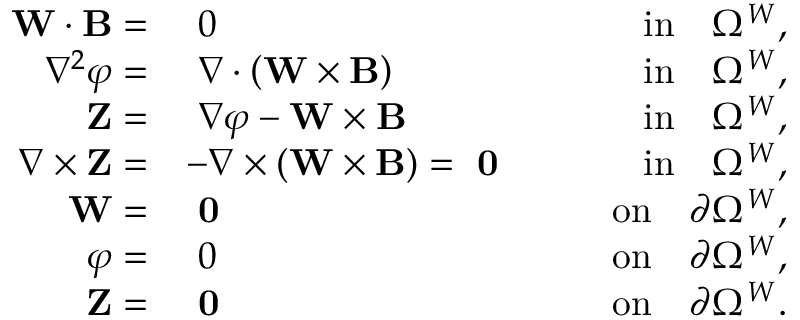
\begin{array} { r l r } { \mathbf { W } \cdot { \mathbf B } = } & { ~ 0 } & { \qquad \mathrm { i n } \quad \Omega ^ { W } , } \\ { \nabla ^ { 2 } { \varphi } = } & { ~ \nabla \cdot \left( \mathbf { W } \times { \mathbf B } \right) } & { \qquad \mathrm { i n } \quad \Omega ^ { W } , } \\ { \mathbf { Z } = } & { ~ \nabla \varphi - \mathbf { W } \times { \mathbf B } } & { \qquad \mathrm { i n } \quad \Omega ^ { W } , } \\ { \nabla \times \mathbf { Z } = } & { - \nabla \times ( \mathbf { W } \times { \mathbf B } ) = ~ \mathbf { 0 } } & { \qquad \mathrm { i n } \quad \Omega ^ { W } , } \\ { \mathbf { W } = } & { ~ \mathbf { 0 } } & { \qquad \mathrm { o n } \quad \partial \Omega ^ { W } , } \\ { \varphi = } & { ~ 0 } & { \qquad \mathrm { o n } \quad \partial \Omega ^ { W } , } \\ { \mathbf { Z } = } & { ~ \mathbf { 0 } } & { \qquad \mathrm { o n } \quad \partial \Omega ^ { W } . } \end{array}